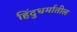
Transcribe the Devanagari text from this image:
हिंदुधर्मातील